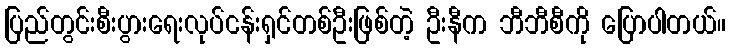
ပြည်တွင်းစီးပွားရေးလုပ်ငန်းရှင်တစ်ဦးဖြစ်တဲ့ ဦးနီက ဘီဘီစီကို ပြောပါတယ်။